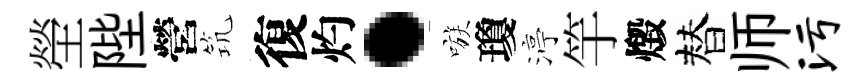
塋陛營𥬑復灼·嗾瓊渟竽燬替师污